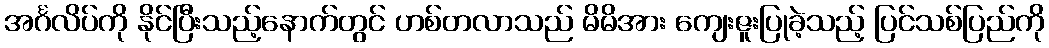
အင်္ဂလိပ်ကို နိုင်ပြီးသည့်နောက်တွင် ဟစ်တလာသည် မိမိအား ကျေးဇူးပြုခဲ့သည့် ပြင်သစ်ပြည်ကို